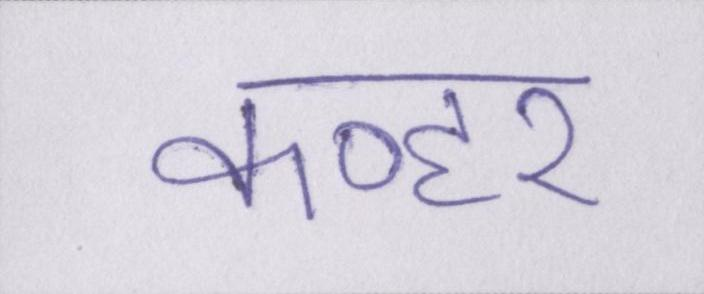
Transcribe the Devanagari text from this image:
कव्हर